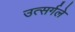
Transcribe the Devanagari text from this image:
उत्सर्गले